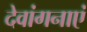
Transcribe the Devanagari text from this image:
देवांगनाएं